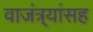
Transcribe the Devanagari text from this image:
वाजंत्र्यांसह